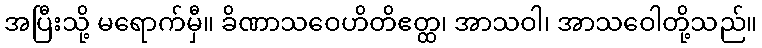
အပြီးသို့ မရောက်မှီ။ ခိဏာသဝေဟိတိဧတ္ထ၊ အာသဝါ၊ အာသဝေါတို့သည်။